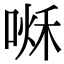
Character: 𠷘